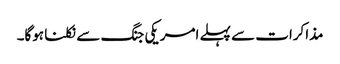
مذاکرات سے پہلے امریکی جنگ سے نکلنا ہوگا۔